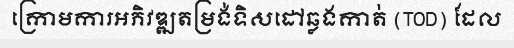
ក្រោមការអភិវឌ្ឍតម្រង់ទិសដៅឆ្លងកាត់ (TOD) ដែល